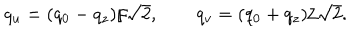
q _ { u } = ( q _ { 0 } - q _ { z } ) / \sqrt { 2 } , \qquad q _ { v } = ( q _ { 0 } + q _ { z } ) / \sqrt { 2 } .